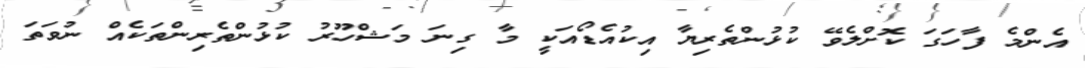
އެންމެ ފާހަގަ ކޮށްލެވޭ ކުޅުންތެރިޔާ އިކުއެޑޯއަކީ މާ ގިނަ މަޝްހޫރު ކުޅުންތެރިންތަކެއް ނުވަތަ